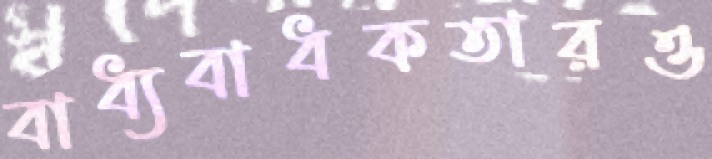
বাধ্যবাধকতারও